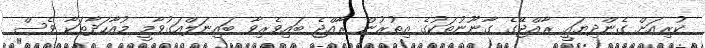
ކުރިއަށް ގެންދިޔައީ ރާއްޖޭގެ ގާނޫނުތަކުގެ އިތުރުން ރާއްޖެ ބައިވެރިވާ ބައިނަލްއަގުވާމީ މުއާހަދާތަކާ ވެސް